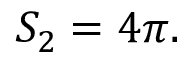
S _ { 2 } = 4 \pi .